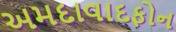
અમદાવાદફોન